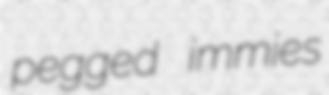
pegged immies